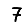
Digit: 7